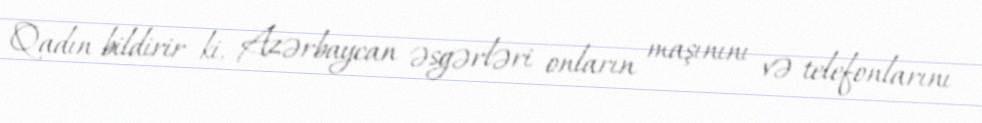
Qadın bildirir ki, Azərbaycan əsgərləri onların maşınını və telefonlarını